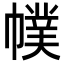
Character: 幞